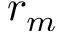
r _ { m }